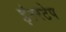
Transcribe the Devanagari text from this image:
इंटरटेप